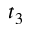
t _ { 3 }